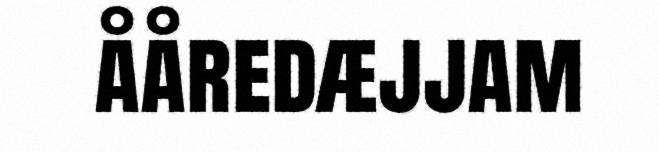
ååredæjjam